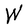
Character: W